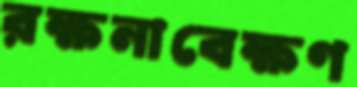
রক্ষনাবেক্ষণ